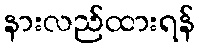
နားလည်ထားရန်